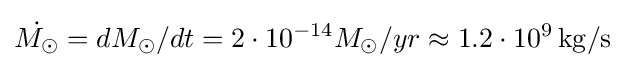
{\dot {M_{\odot }}}=dM_{\odot }/dt=2\cdot 10^{-14}M_{\odot }/yr\approx 1.2\cdot 10^{9}\,{\rm {kg/s}}